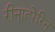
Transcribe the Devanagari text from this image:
रीनात्पेरिन